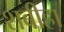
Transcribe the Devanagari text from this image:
शबीहा